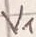
Text: V1